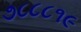
૭૮૮૮૧૯